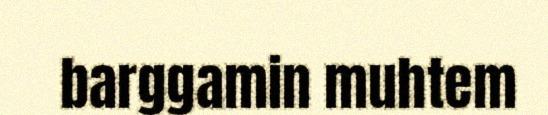
barggamin muhtem